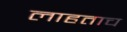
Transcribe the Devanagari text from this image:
लाहताच